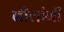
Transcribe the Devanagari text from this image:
नीलांगी